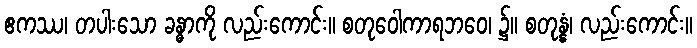
ဧကဿ၊ တပါးသော ခန္ဓာကို လည်းကောင်း။ စတုဝေါကာရဘဝေ၊ ၌။ စတုန္နံ၊ လည်းကောင်း။